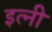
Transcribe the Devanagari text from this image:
इत्नी